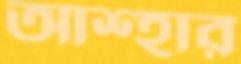
আশ্হার